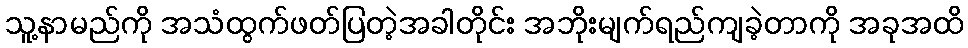
သူ့နာမည်ကို အသံထွက်ဖတ်ပြတဲ့အခါတိုင်း အဘိုးမျက်ရည်ကျခဲ့တာကို အခုအထိ